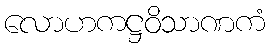
လောဟကဋ္ဌဝိသာဏကံ